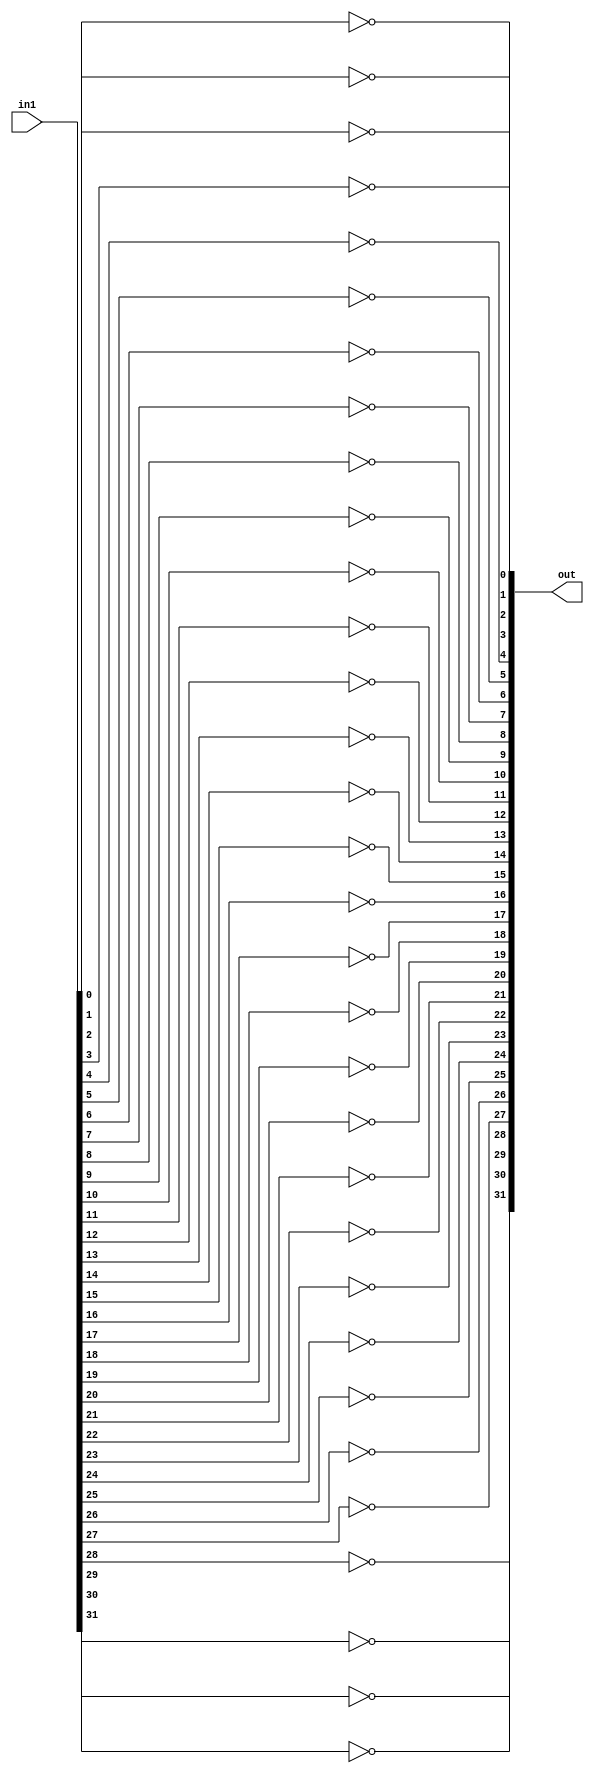
module no(out, in1);
    input[31:0] in1;
    output[31:0] out;
    wire in2;
    assign in2=1;

    xor p0(out[0], in1[0], in2);
    xor p1(out[1], in1[1], in2);
    xor p2(out[2], in1[2], in2);
    xor p3(out[3], in1[3], in2);
    xor p4(out[4], in1[4], in2);
    xor p5(out[5], in1[5], in2);
    xor p6(out[6], in1[6], in2);
    xor p7(out[7], in1[7], in2);

    xor p8(out[8], in1[8], in2);
    xor p9(out[9], in1[9], in2);
    xor p10(out[10], in1[10], in2);
    xor p11(out[11], in1[11], in2);
    xor p12(out[12], in1[12], in2);
    xor p13(out[13], in1[13], in2);
    xor p14(out[14], in1[14], in2);
    xor p15(out[15], in1[15], in2);

    xor p16(out[16], in1[16], in2);
    xor p17(out[17], in1[17], in2);
    xor p18(out[18], in1[18], in2);
    xor p19(out[19], in1[19], in2);

    xor p20(out[20], in1[20], in2);
    xor p21(out[21], in1[21], in2);
    xor p22(out[22], in1[22], in2);
    xor p23(out[23], in1[23], in2);
    xor p24(out[24], in1[24], in2);
    xor p25(out[25], in1[25], in2);
    xor p26(out[26], in1[26], in2);
    xor p27(out[27], in1[27], in2);

    xor p28(out[28], in1[28], in2);
    xor p29(out[29], in1[29], in2);
    xor p30(out[30], in1[30], in2);
    xor p31(out[31], in1[31], in2);

    
endmodule